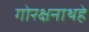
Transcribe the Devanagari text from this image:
गोरक्षनाथहे